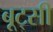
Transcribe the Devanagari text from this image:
बूट्सी